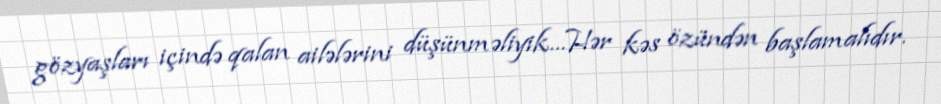
gözyaşları içində qalan ailələrini düşünməliyik…Hər kəs özündən başlamalıdır.